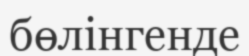
бөлінгенде